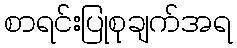
စာရင်းပြုစုချက်အရ